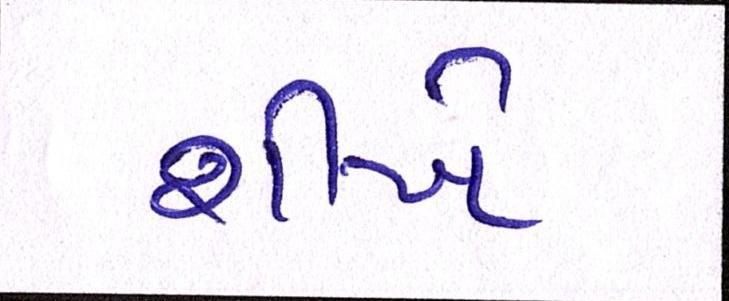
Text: શીખે